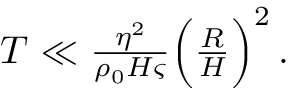
\begin{array} { r } { T \ll \frac { \eta ^ { 2 } } { \rho _ { 0 } H \varsigma } \Big ( \frac { R } { H } \Big ) ^ { 2 } \, . \ } \end{array}